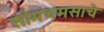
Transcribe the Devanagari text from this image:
सोमचमसाचे